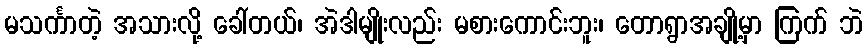
မသင်္ကာတဲ့ အသားလို့ ခေါ်တယ်၊ အဲဒါမျိုးလည်း မစားကောင်းဘူး၊ တောရွာအချို့မှာ ကြက် ဘဲ